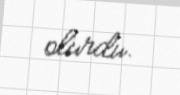
olurdu.